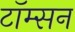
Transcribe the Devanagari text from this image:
टॉम्सन